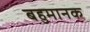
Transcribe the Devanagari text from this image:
बहुमानक